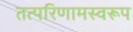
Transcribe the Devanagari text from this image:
तत्परिणामस्वरूप